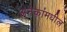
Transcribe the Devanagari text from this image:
अनेकांमधील